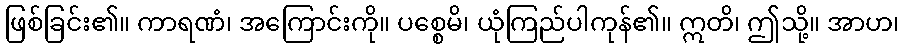
ဖြစ်ခြင်း၏။ ကာရဏံ၊ အကြောင်းကို။ ပစ္စေမိ၊ ယုံကြည်ပါကုန်၏။ ဣတိ၊ ဤသို့။ အာဟ၊